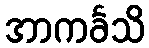
အာကင်္ခသိ